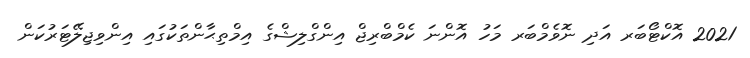
2021 އޮކްޓޯބަރ އަދި ނޮވެމްބަރ މަހު އޮންނަ ކެމްބްރިޖް އިންގްލިޝްގެ އިމްތިޙާންތަކުގައި އިންވިޖިލޭޓަރުކަން